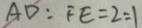
A D : F E = 2 : 1